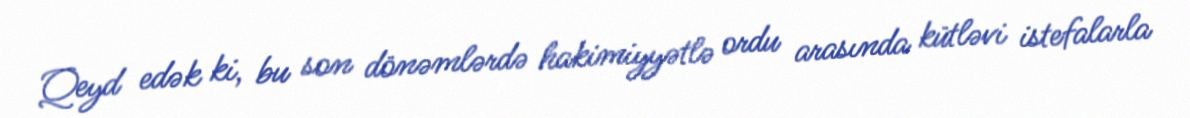
Qeyd edək ki, bu son dönəmlərdə hakimiyyətlə ordu arasında kütləvi istefalarla